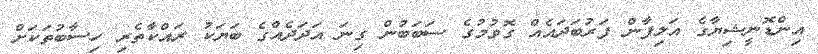
އިންޑޮނީޝިޔާގެ އަލިފާން ފަރުބަދައެއް ގޮވުމުގެ ސަބަބުން ގިނަ އަދަދެއްގެ ބަޔަކު ރައްކާތެރި ހިސާބުތަކަށް